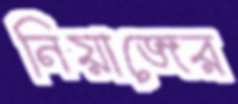
নিয়াজের